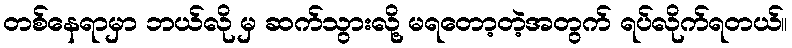
တစ်နေရာမှာ ဘယ်လို မှ ဆက်သွားလို့ မရတော့တဲ့အတွက် ရပ်လိုက်ရတယ်။